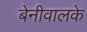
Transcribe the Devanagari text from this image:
बेनीवालके